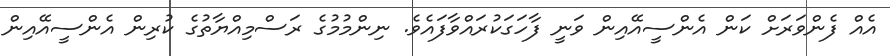
އެއް ފެންވަރަށް ކަން އެންސީއޭއިން ވަނީ ފާހަގަކުރައްވާފައެވެ. ނިންމުމުގެ ރަސްމިއްޔާތުގެ ކުރިން އެންސީއޭއިން